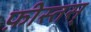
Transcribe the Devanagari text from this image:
फ़ीस्तस्